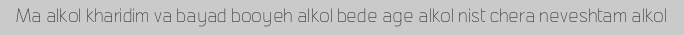
Ma alkol kharidim va bayad booyeh alkol bede age alkol nist chera neveshtam alkol